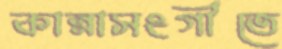
কান্নাসংগীতে